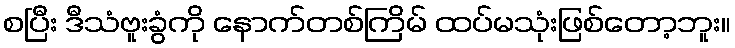
စပြီး ဒီသံဗူးခွံကို နောက်တစ်ကြိမ် ထပ်မသုံးဖြစ်တော့ဘူး။